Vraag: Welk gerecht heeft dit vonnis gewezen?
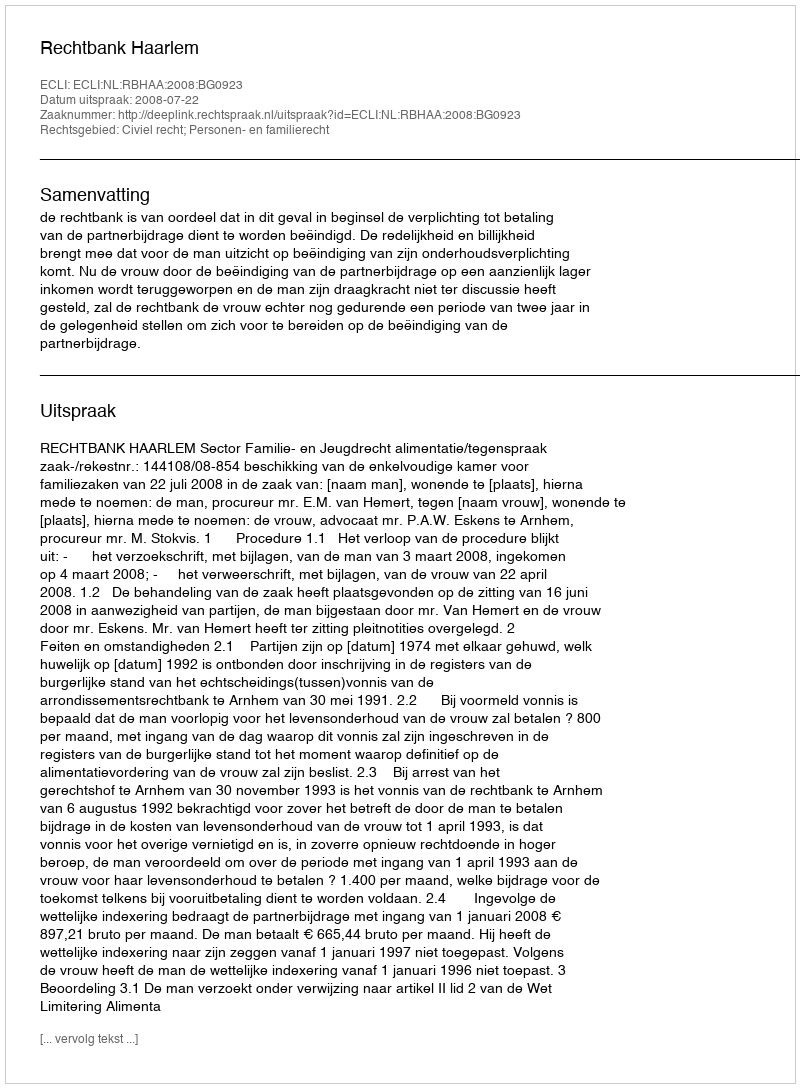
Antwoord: Rechtbank Haarlem